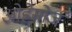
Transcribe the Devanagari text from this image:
ओह्नेसोर्ज